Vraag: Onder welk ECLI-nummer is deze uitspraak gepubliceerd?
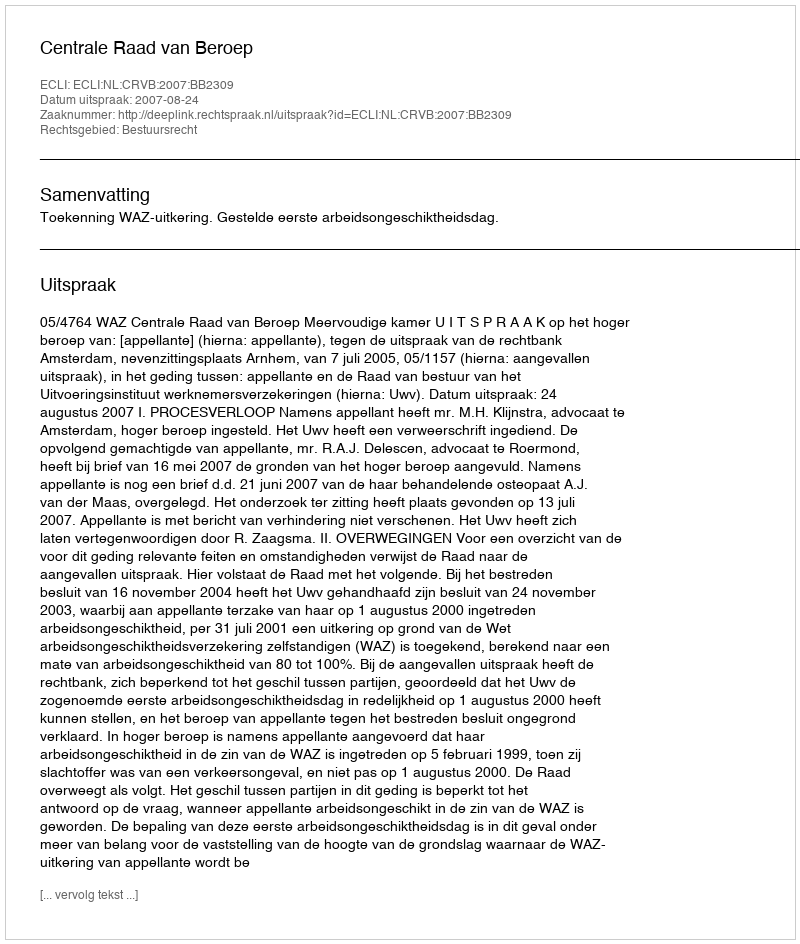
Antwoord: ECLI:NL:CRVB:2007:BB2309